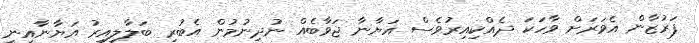
ފަރުޒާން އެވަރަށް ވާހަކަ ދެއްކިއިރުވެސް އަޔާނާ ޖަވާބެއް ނުދިނުމުން އެބުރި ބަލާލިއިރު އަޔާނާއިނީ